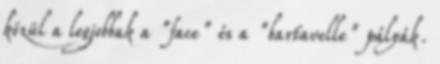
közül a legjobbak a "face" és a "bartavelle" pályák.